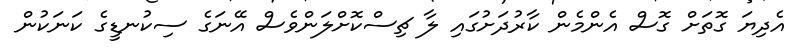
އެދިޔަ ގޮތަށް ގޮސް އެންމެން ކާރުދަށުގައި ލާ ޗިސްކޮށްލަންވެސް އޭނަގެ ސިކުނޑީގެ ކަނަކުން